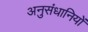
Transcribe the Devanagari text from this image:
अनुसंधानियों